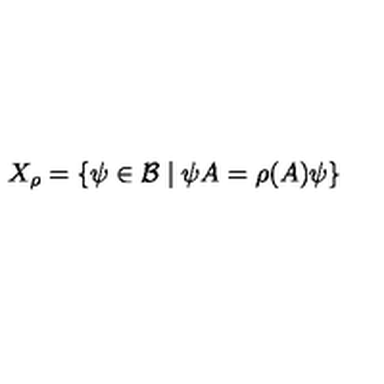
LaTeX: X _ { \rho } = \left\{ \psi \in \mathcal { B } \mid \psi A = \rho ( A ) \psi \right\}